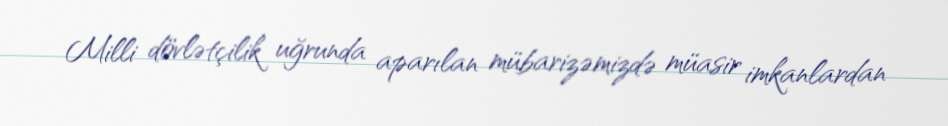
Milli dövlətçilik uğrunda aparılan mübarizəmizdə müasir imkanlardan